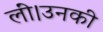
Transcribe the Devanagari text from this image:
लीं।उनकी